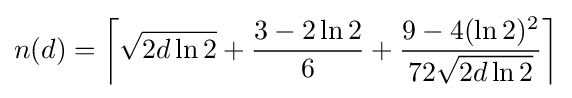
n(d)=\left\lceil {\sqrt {2d\ln 2}}+{\frac {3-2\ln 2}{6}}+{\frac {9-4(\ln 2)^{2}}{72{\sqrt {2d\ln 2}}}}\right\rceil